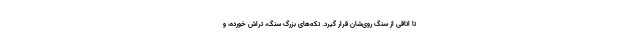
تا اتاقی از سنگ روی‌شان قرار گیرد. تکه‌های بزرگ سنگ، تراش خورده، و